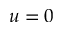
u = 0